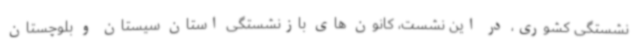
نشستگی کشوری، در این نشست، کانون های بازنشستگی استان سیستان و بلوچستان